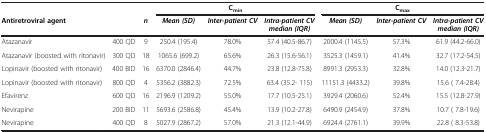
|  |  |  | <COLSPAN=3> Cmin | <COLSPAN=3> Cmax |
 | Antiretroviral agent |  | n | Mean (SD) | Inter-patient CV | Intra-patient CV median (IQR) | Mean (SD) | Inter-patient CV | Intra-patient CV median (IQR) |
 | --- | --- | --- | --- | --- | --- | --- | --- | --- |
 | Atazanavir | 400 QD | 9 | 250.4 (195.4) | 78.0% | 57.4 (40.5-86.7) | 2000.4 (1145.5) | 57.3% | 61.9 (44.2-66.0) |
 | Atazanavir (boosted with ritonavir) | 300 QD | 18 | 1065.6 (699.2) | 65.6% | 26.3 (15.6-56.1) | 3525.3 (1459.1) | 41.4% | 32.7 (17.2-54.5) |
 | Lopinavir (boosted with ritonavir) | 400 BID | 16 | 6370.0 (2846.4) | 44.7% | 23.8 (12.8-75.8) | 8991.3 (2953.3) | 32.8% | 14.0 (12.3-21.7) |
 | Lopinavir (boosted with ritonavir) | 800 QD | 4 | 5356.2 (3882.3) | 72.5% | 63.4 (35.2- 115) | 11151.3 (4433.2) | 39.8% | 15.6 ( 7.4-28.4) |
 | Efavirenz | 600 QD | 16 | 2196.9 (1209.2) | 55.0% | 17.7 (10.5-25.1) | 3929.4 (2060.6) | 52.4% | 15.5 (12.8-27.9) |
 | Nevirapine | 200 BID | 11 | 5693.6 (2586.8) | 45.4% | 13.9 (10.2-27.8) | 6490.9 (2454.9) | 37.8% | 10.7 ( 7.8-19.6) |
 | Nevirapine | 400 QD | 8 | 5027.9 (2867.2) | 57.0% | 21.3 (12.1-44.9) | 6924.4 (2761.1) | 39.9% | 22.8 ( 8.3-53.8) |